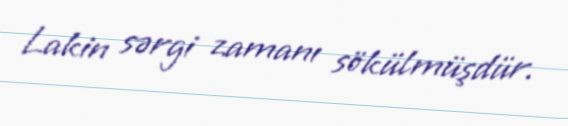
Lakin sərgi zamanı sökülmüşdür.